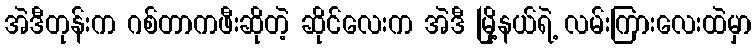
အဲဒီတုန်းက ဂစ်တာကဖီးဆိုတဲ့ ဆိုင်လေးက အဲဒီ မြို့နယ်ရဲ့ လမ်းကြားလေးထဲမှာ